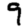
Digit: 9